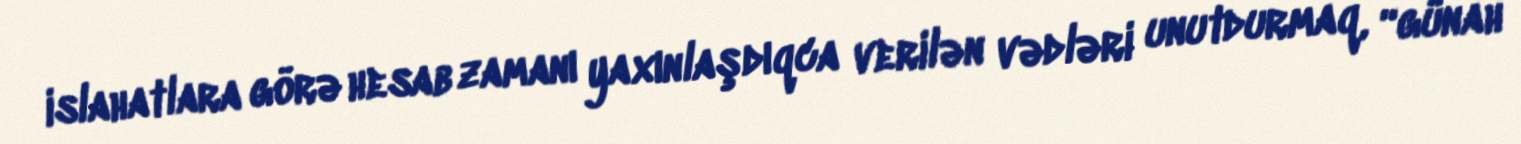
islahatlara görə hesab zamanı yaxınlaşdıqca verilən vədləri unutdurmaq, “günah